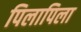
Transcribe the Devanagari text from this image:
पिलापिला